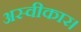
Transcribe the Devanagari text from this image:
अस्वीकार।